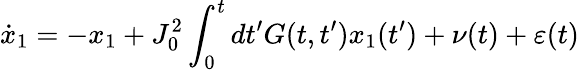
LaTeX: \dot{x}_{1}=-x_{1}+J_{0}^{2}\int_{0}^{t}dt^{\prime}G(t,t^{\prime})x_{1}(t^{\prime})+\nu(t)+\varepsilon(t)